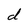
Character: d